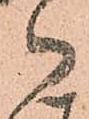
御